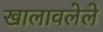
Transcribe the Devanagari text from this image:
खालावलेले